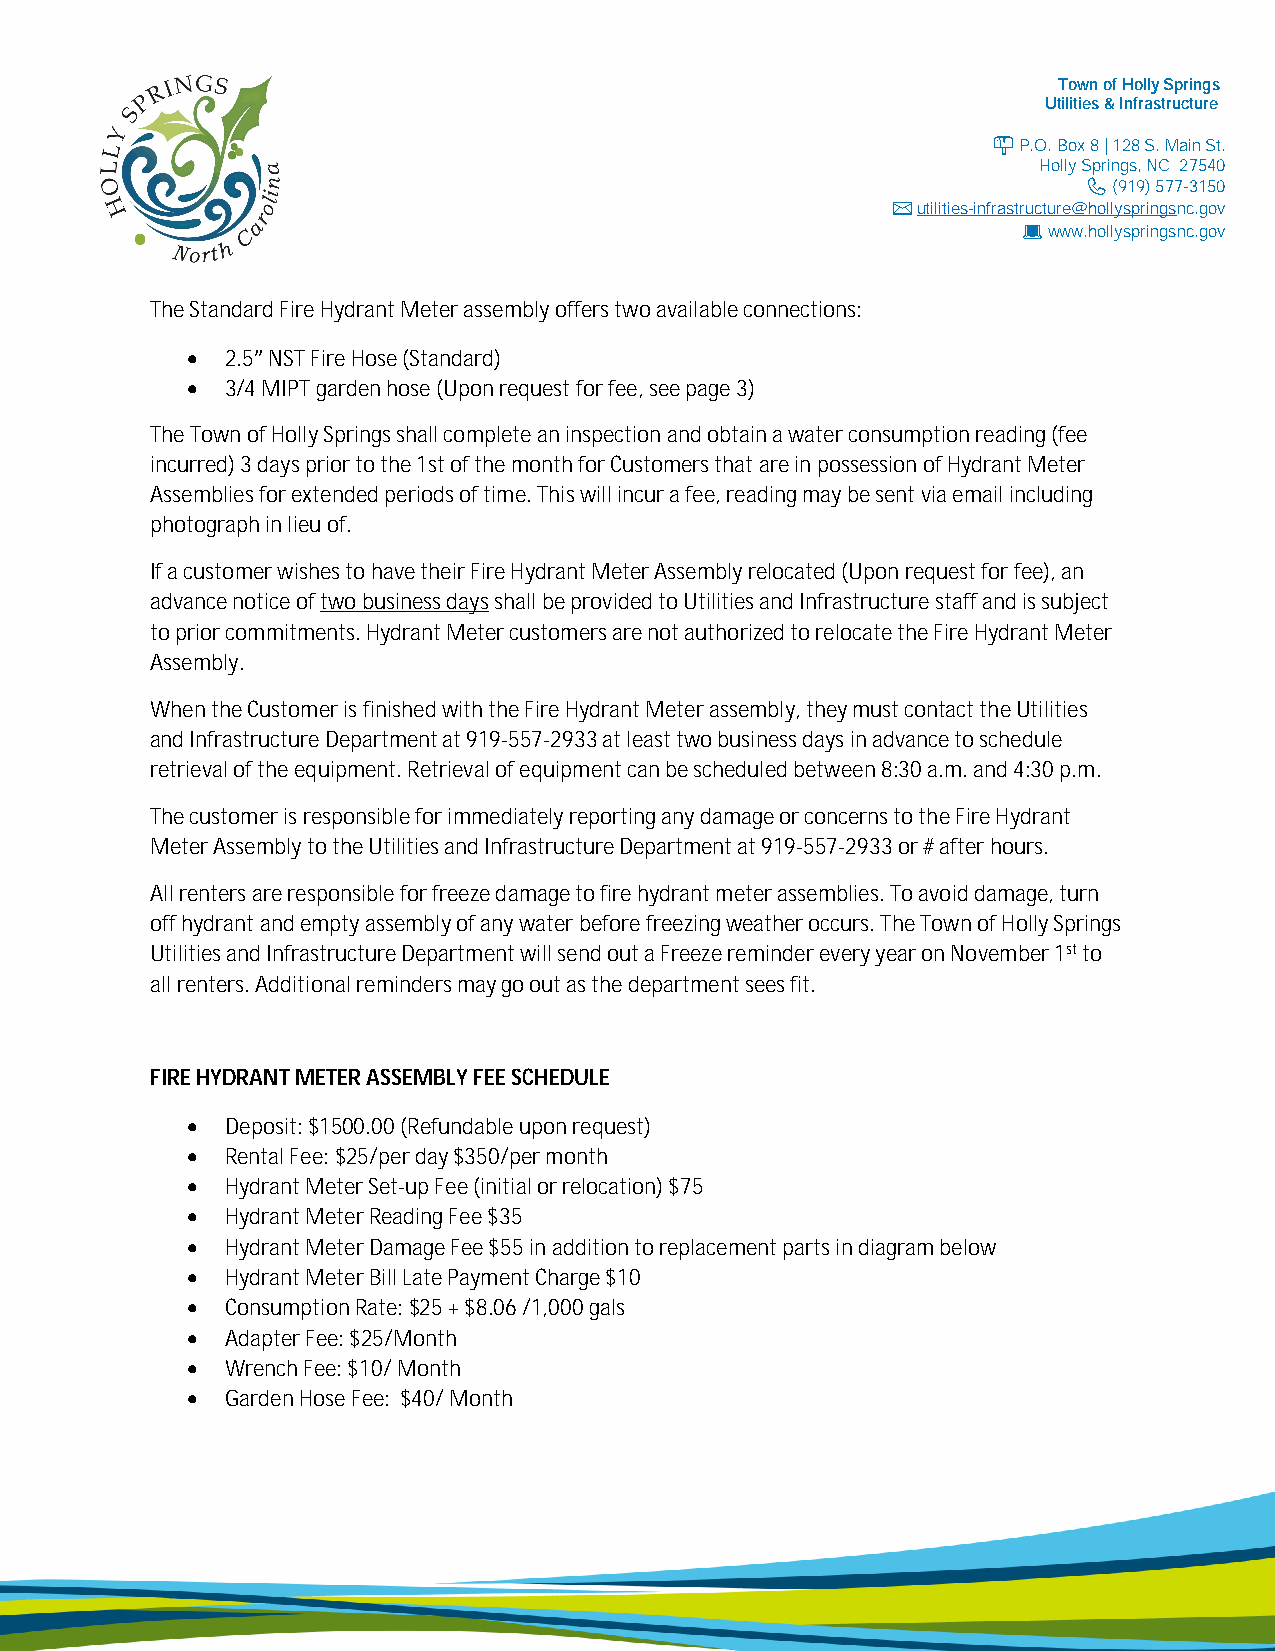
Town of Holly Springs
 Utilities & Infrastructure
 P.O. Box 8 | 128 S. Main St.
 Holly Springs, NC 27540
 (919) 577-3150
 ✉ utilities-infrastructure@hollyspringsnc.gov
 www.hollyspringsnc.gov
 The Standard Fire Hydrant Meter assembly offers two available connections:
   2.5” NST Fire Hose (Standard)
   3/4 MIPT garden hose (Upon request for fee, see page 3)
 The Town of Holly Springs shall complete an inspection and obtain a water consumption reading (fee
 incurred) 3 days prior to the 1st of the month for Customers that are in possession of Hydrant Meter
 Assemblies for extended periods of time. This will incur a fee, reading may be sent via email including
 photograph in lieu of.
 If a customer wishes to have their Fire Hydrant Meter Assembly relocated (Upon request for fee), an
 advance notice of two business days shall be provided to Utilities and Infrastructure staff and is subject
 to prior commitments. Hydrant Meter customers are not authorized to relocate the Fire Hydrant Meter
 Assembly.
 When the Customer is finished with the Fire Hydrant Meter assembly, they must contact the Utilities
 and Infrastructure Department at 919-557-2933 at least two business days in advance to schedule
 retrieval of the equipment. Retrieval of equipment can be scheduled between 8:30 a.m. and 4:30 p.m.
 The customer is responsible for immediately reporting any damage or concerns to the Fire Hydrant
 Meter Assembly to the Utilities and Infrastructure Department at 919-557-2933 or # after hours.
 All renters are responsible for freeze damage to fire hydrant meter assemblies. To avoid damage, turn
 off hydrant and empty assembly of any water before freezing weather occurs. The Town of Holly Springs
 Utilities and Infrastructure Department will send out a Freeze reminder every year on November 1st to
 all renters. Additional reminders may go out as the department sees fit.
 FIRE HYDRANT METER ASSEMBLY FEE SCHEDULE
   Deposit: $1500.00 (Refundable upon request)
   Rental Fee: $25/per day $350/per month
   Hydrant Meter Set-up Fee (initial or relocation) $75
   Hydrant Meter Reading Fee $35
   Hydrant Meter Damage Fee $55 in addition to replacement parts in diagram below
   Hydrant Meter Bill Late Payment Charge $10
   Consumption Rate: $25 + $8.06 /1,000 gals
   Adapter Fee: $25/Month
   Wrench Fee: $10/ Month
   Garden Hose Fee: $40/ Month